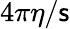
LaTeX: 4\pi\eta/\mathsf{s}